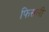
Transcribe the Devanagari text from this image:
फिसली